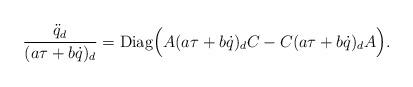
LaTeX: \begin{align*}{{\ddot q}_d\over (a \tau+b \dot q)_d}={\rm Diag}\Big( A (a \tau+b \dot q)_d C -C (a \tau+b \dot q)_d A\Big). \end{align*}